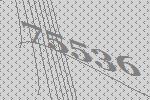
75536